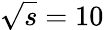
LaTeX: \sqrt{s}=10